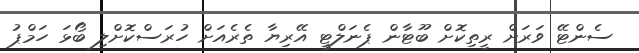
ސެންޓޭ ވަރަށް ރީތިކޮށް ބޫޓާން ޕެނަލްޓީ އޭރިޔާ ތެރެއަށް ހުރަސްކޮށްލި ބޯޅަ ހަމްޕު